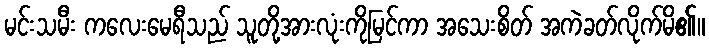
မင်းသမီး ကလေးမေရီသည် သူတို့အားလုံးကိုမြင်ကာ အသေးစိတ် အကဲခတ်လိုက်မိ၏။